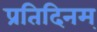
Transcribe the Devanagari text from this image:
प्रतिदिनम्‌